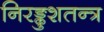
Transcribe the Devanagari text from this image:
निरङ्कुशतन्त्र